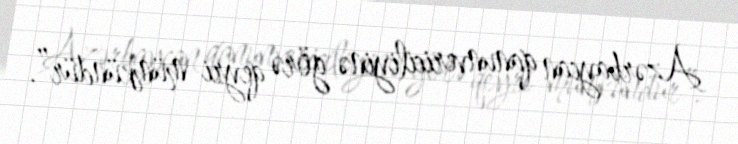
Azərbaycan qanunvericiliyinə görə qeyri-mümkündür”.